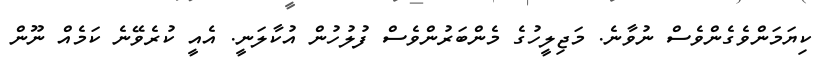
ކިޔަމަންވެގެންވެސް ނުވާނެ. މަޖިލީހުގެ މެންބަރުންވެސް ފުލުހުން އުކާލަނީ. އެއީ ކުރެވޭނެ ކަމެއް ނޫން